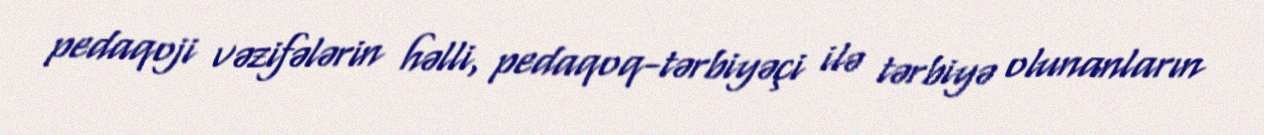
pedaqoji vəzifələrin həlli, pedaqoq-tərbiyəçi ilə tərbiyə olunanların